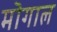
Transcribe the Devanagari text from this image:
मॊगाल